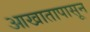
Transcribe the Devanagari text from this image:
आखातापासून